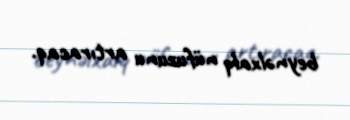
beynəlxalq nüfuzunu artıracaq.